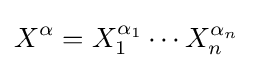
X^{\alpha }=X_{1}^{\alpha _{1}}\cdots X_{n}^{\alpha _{n}}